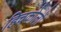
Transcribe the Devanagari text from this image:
हिचकोलों